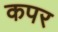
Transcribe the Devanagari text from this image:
कपर